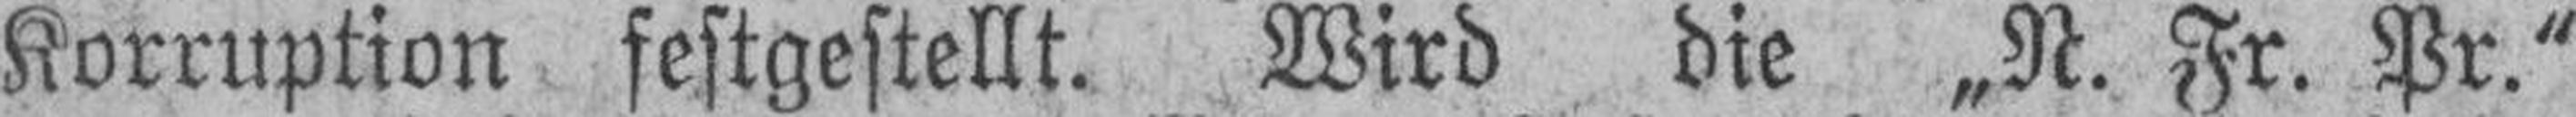
Korruption festgestellt. Wird die „N. Fr. Pr."